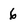
Character: 6